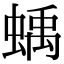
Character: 蝺